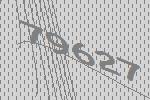
79627